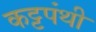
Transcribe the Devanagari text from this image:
कट्टपंथी